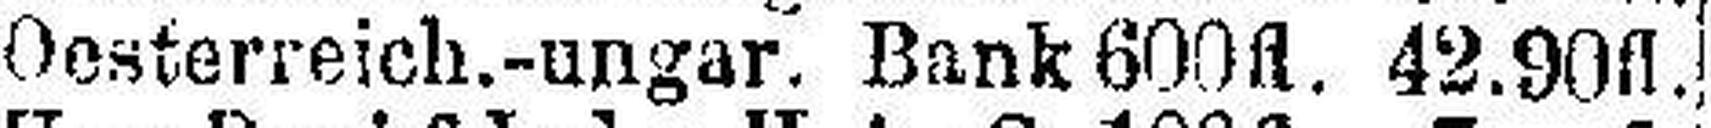
Oesterreich.-ungar. Bank 600fl. 42.90fl.